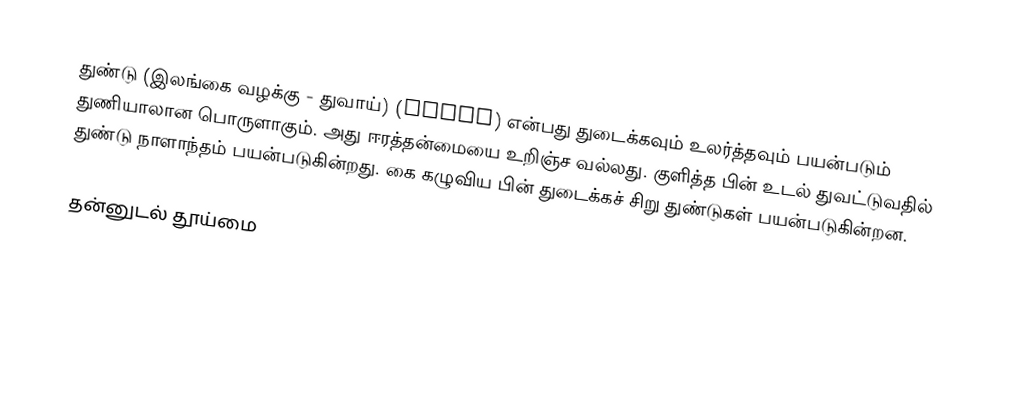
துண்டு (இலங்கை வழக்கு - துவாய்) (Towel) என்பது துடைக்கவும் உலர்த்தவும் பயன்படும் துணியாலான பொருளாகும். அது ஈரத்தன்மையை உறிஞ்ச வல்லது. குளித்த பின் உடல் துவட்டுவதில் துண்டு நாளாந்தம் பயன்படுகின்றது. கை கழுவிய பின் துடைக்கச் சிறு துண்டுகள் பயன்படுகின்றன.

தன்னுடல் தூய்மை